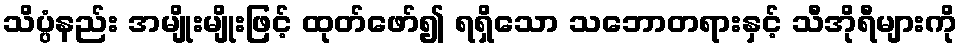
သိပ္ပံနည်း အမျိုးမျိုးဖြင့် ထုတ်ဖော်၍ ရရှိသော သဘောတရားနှင့် သီအိုရီများကို